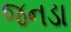
જનડા